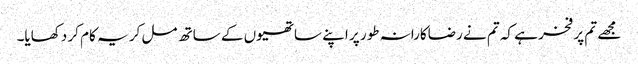
مجھے تم پر فخر ہے کہ تم نے رضاکارانہ طور پر اپنے ساتھیوں کے ساتھ مل کر یہ کام کر دکھایا۔